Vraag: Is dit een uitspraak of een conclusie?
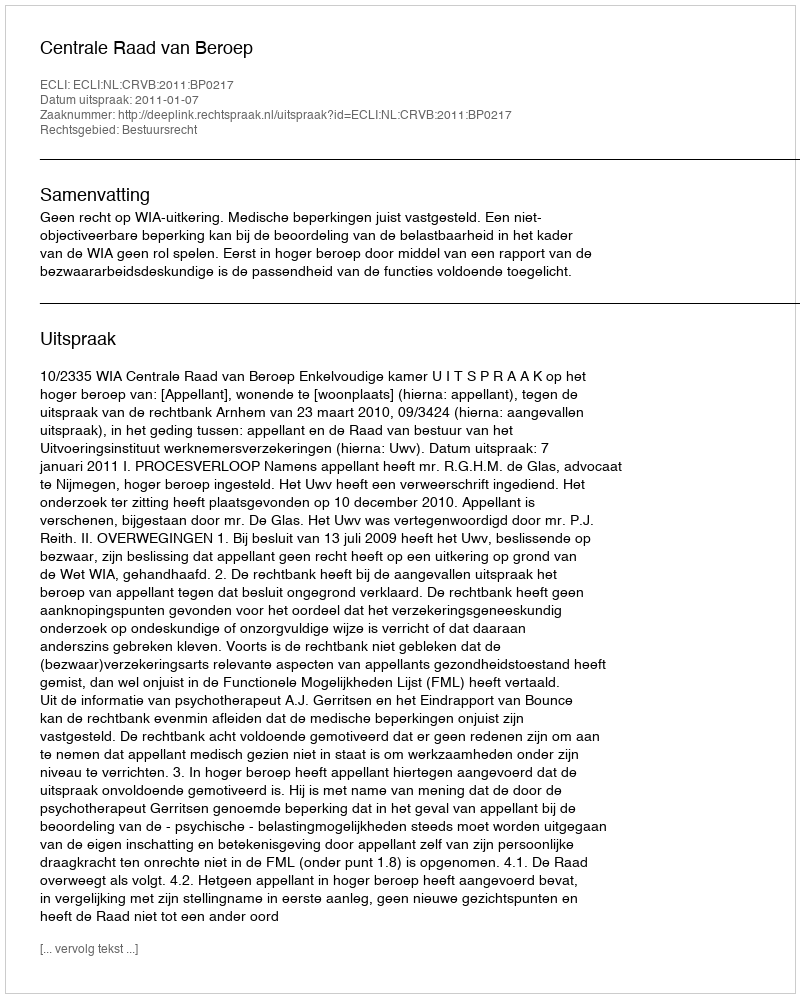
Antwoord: Uitspraak